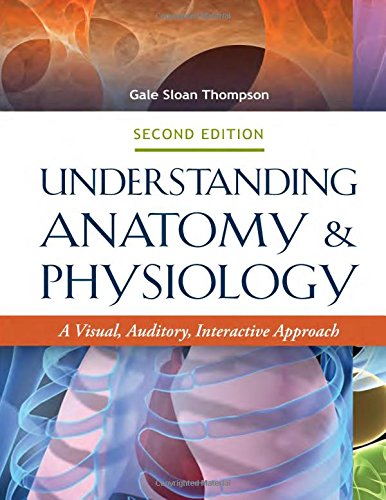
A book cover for Understanding Anatomy & Physiology 2e: A Visual, Auditory, Interactive Approach; Gale Sloan Thompson RN; Medical Books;